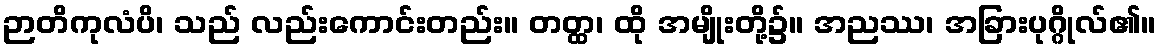
ဉာတိကုလံပိ၊ သည် လည်းကောင်းတည်း။ တတ္ထ၊ ထို အမျိုးတို့၌။ အညဿ၊ အခြားပုဂ္ဂိုလ်၏။